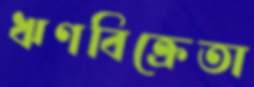
ঋণবিক্রেতা